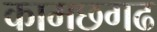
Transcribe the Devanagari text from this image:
कामछगढ